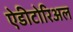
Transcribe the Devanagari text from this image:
ऐडीटोरिअल